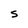
Character: S